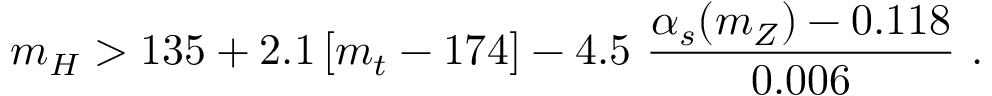
m _ { H } > 1 3 5 + 2 . 1 \left[ m _ { t } - 1 7 4 \right] - 4 . 5 ~ \frac { \alpha _ { s } ( m _ { Z } ) - 0 . 1 1 8 } { 0 . 0 0 6 } ~ .